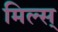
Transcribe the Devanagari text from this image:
मिल्स्